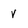
Character: v